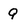
Character: Q